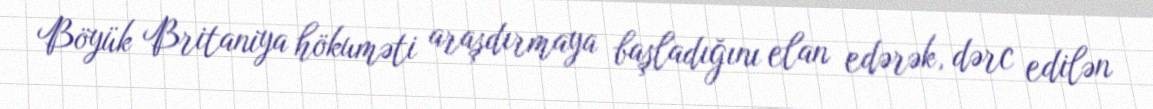
Böyük Britaniya hökuməti araşdırmaya başladığını elan edərək, dərc edilən